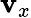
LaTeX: \mathbf{v}_{x}